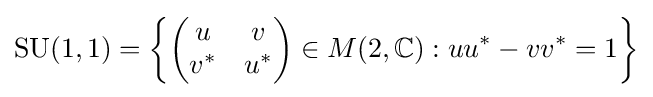
\mathrm {SU} (1,1)=\left\{{\begin{pmatrix}u&v\\v^{*}&u^{*}\end{pmatrix}}\in M(2,\mathbb {C} ):uu^{*}-vv^{*}=1\right\}